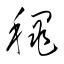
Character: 穐